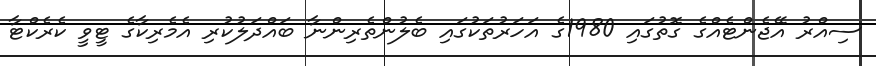
ސިއްރު އޭޖެންޓެއްގެ ގޮތުގައި 1980ގެ އަހަރުތަކުގައި ބެލުންތެރިންނާ ބައްދަލުކުރި އެމެރިކާގެ ޓީވީ ކެރެކްޓާ